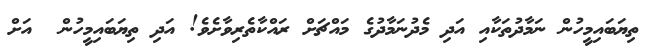
ތިޔަބައިމީހުން ނަމާދުތަކާއި އަދި މެދުނަމާދުގެ މައްޗަށް ރައްކާތެރިވާށެވެ! އަދި ތިޔަބައިމީހުން  އަށް